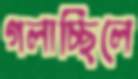
গলাচ্ছিলে